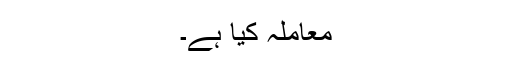
معاملہ کیا ہے۔